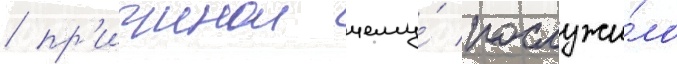
/ пр'ичинои чему́ послужи́ло